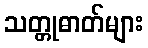
သတ္တုဓာတ်များ